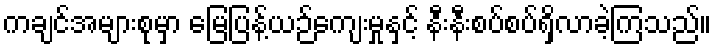
ကချင်အများစုမှာ မြေပြန့်ယဉ်ကျေးမှုနှင့် နီးနီးစပ်စပ်ရှိလာခဲ့ကြသည်။